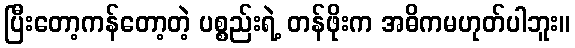
ပြီးတော့ကန်တော့တဲ့ ပစ္စည်းရဲ့ တန်ဖိုးက အဓိကမဟုတ်ပါဘူး။